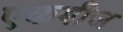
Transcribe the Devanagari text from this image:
एकबीज